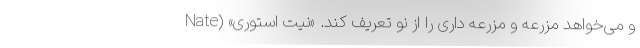
و می‌خواهد مزرعه و مزرعه داری را از نو تعریف کند. «نیت استوری» (Nate